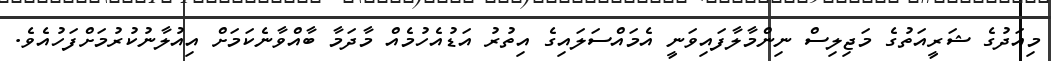
މިއަދުގެ ޝަރީއަތުގެ މަޖިލިސް ނިންމާލާފައިވަނީ އެމައްސަލައިގެ އިތުރު އަޑުއެހުމެއް މާދަމާ ބާއްވާނެކަމަށް އިއުލާނުކުރުމަށްފަހުއެވެ.